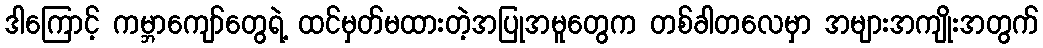
ဒါကြောင့် ကမ္ဘာကျော်တွေရဲ့ ထင်မှတ်မထားတဲ့အပြုအမူတွေက တစ်ခါတလေမှာ အများအကျိုးအတွက်